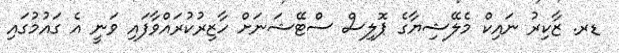
ޑރ. ޒާކިރު ނައިކް މެލޭޝިޔާގެ ޕޮލިސް ސްޓޭޝަނަށް ހާޒިރުކުރައްވާފައި ވަނީ އެ ގައުމުގައި